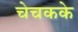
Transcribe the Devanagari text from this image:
चेचकके